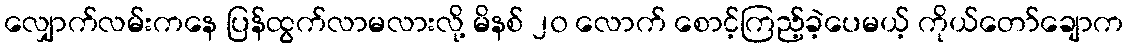
လျှောက်လမ်းကနေ ပြန်ထွက်လာမလားလို့ မိနစ် ၂၀ လောက် စောင့်ကြည့်ခဲ့ပေမယ့် ကိုယ်တော်ချောက